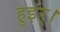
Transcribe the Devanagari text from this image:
हुइंर्।